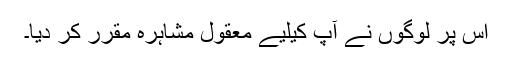
اس پر لوگوں نے آپ کیلیے معقول مشاہرہ مقرر کر دیا۔